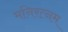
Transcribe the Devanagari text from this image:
मनिरत्नम